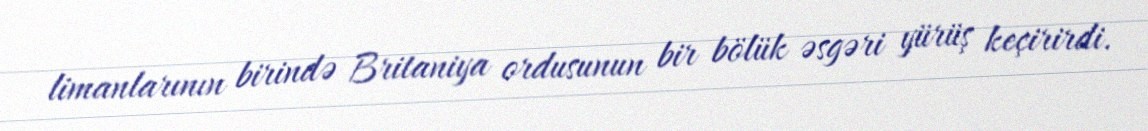
limanlarının birində Britaniya ordusunun bir bölük əsgəri yürüş keçirirdi.